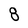
Character: 8